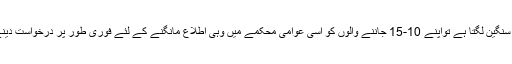
اگر آپ کو معاملہ سنگین لگتا ہے تواپنے 10-15 جاننے والوں کو اسی عوامی محکمے میں وہی اطلاع مانگنے کے لئے فوری طور پر درخواست دینے کے لئے کہیں ۔